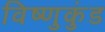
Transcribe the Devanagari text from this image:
विष्णुकुंड